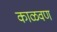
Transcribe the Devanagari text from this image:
काळवण